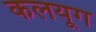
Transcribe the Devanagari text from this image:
कलयूग